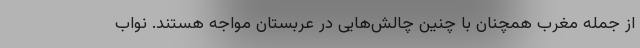
از جمله مغرب همچنان با چنین چالش‌هایی در عربستان مواجه هستند. نواب